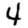
Digit: 4